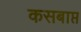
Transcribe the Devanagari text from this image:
कसबाप्त